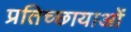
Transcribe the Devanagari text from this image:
प्रतिच्छायाओं